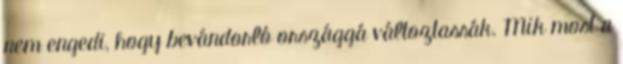
nem engedi, hogy bevándorló országgá változtassák. Mik most a